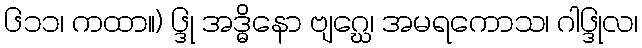
၆၁၁၊ ကထာ။) ၆္ဒု အဒ္ဓိနော ဗျဂ္ဃေ၊ အမရကောသ၊ ဂါ၆္ဒုလ၊